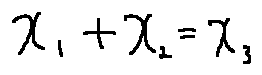
x _ { 1 } + x _ { 2 } = x _ { 3 }